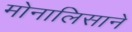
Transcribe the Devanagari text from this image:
मोनालिसाने